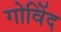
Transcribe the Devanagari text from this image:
गोविेंद